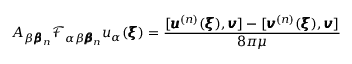
A _ { \beta { \pmb \beta } _ { n } } \mathcal { F } _ { \alpha \beta { \pmb \beta } _ { n } } u _ { \alpha } ( { \pmb \xi } ) = \frac { [ { \pmb u } ^ { ( n ) } ( { \pmb \xi } ) , { \pmb v } ] - [ { \pmb v } ^ { ( n ) } ( { \pmb \xi } ) , { \pmb v } ] } { 8 \pi \mu }